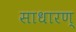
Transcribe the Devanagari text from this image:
साधारण्